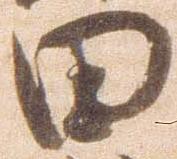
田